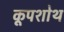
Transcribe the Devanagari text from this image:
कूपशोथ